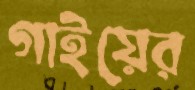
গাইয়ের